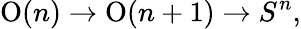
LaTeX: \operatorname{O}(n)\to\operatorname{O}(n+1)\to S^{n},